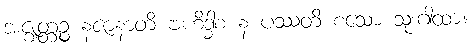
အဇ္ဈတ္တဉ္စ နဇာနာတိ ဗဟိဒ္ဓါစ န ပဿတိ စသော သုံးဂါထာ။